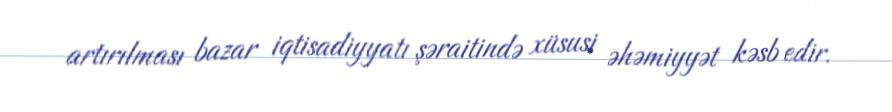
artırılması bazar iqtisadiyyatı şəraitində xüsusi əhəmiyyət kəsb edir.